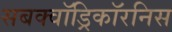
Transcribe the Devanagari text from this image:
सबक्वॉड्रिकॉरनिस